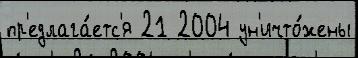
пр'едлага́етс'я 21 2004 ун'ичто́жены